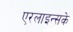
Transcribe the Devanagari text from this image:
एरलाइन्सके